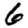
Digit: 6